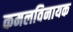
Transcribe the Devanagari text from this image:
कमलविनायक